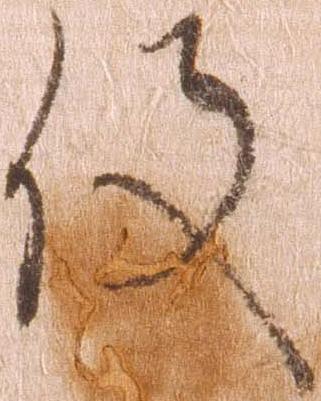
役